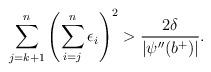
LaTeX: \begin{align*}\sum_{j=k+1}^n\left( \sum_{i=j}^n \epsilon_i \right)^2 > \frac{2\delta}{|\psi''(b^+)|}.\end{align*}